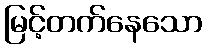
မြင့်တက်နေသော